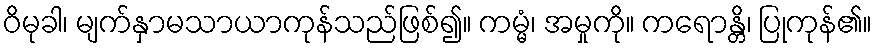
ဝိမုခါ၊ မျက်နှာမသာယာကုန်သည်ဖြစ်၍။ ကမ္မံ၊ အမှုကို။ ကရောန္တိ၊ ပြုကုန်၏။